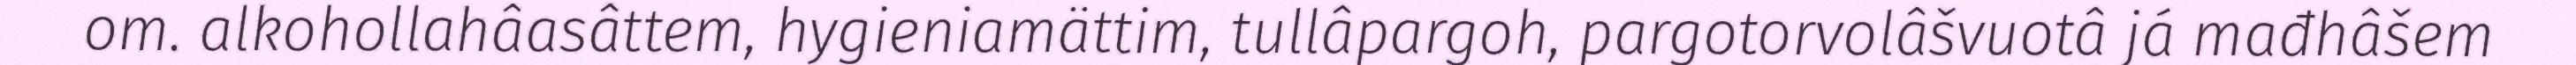
om. alkohollahâasâttem, hygieniamättim, tullâpargoh, pargotorvolâšvuotâ já mađhâšem